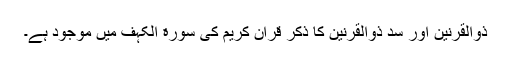
ذوالقرنین اور سدِ ذوالقرنین کا ذکر قرآن کریم کی سورة الکہف میں موجود ہے۔